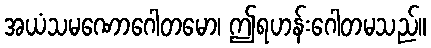
အယံသမဏောဂေါတမော၊ ဤရဟန်းဂေါတမသည်။